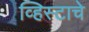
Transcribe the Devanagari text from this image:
व्हिस्टाचे